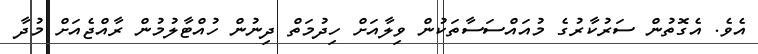
އެވެ. އެގޮތުން ސަރުކާރުގެ މުއައްސަސާތަކުން ވިލާއަށް ހިދުމަތް ދިނުން ހުއްޓާލުމުން ރާއްޖެއަށް މުދާ